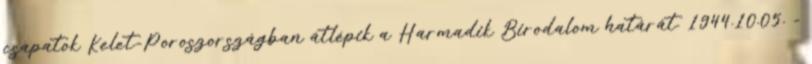
csapatok Kelet-Poroszországban átlépik a Harmadik Birodalom határát. 1944.10.05. -